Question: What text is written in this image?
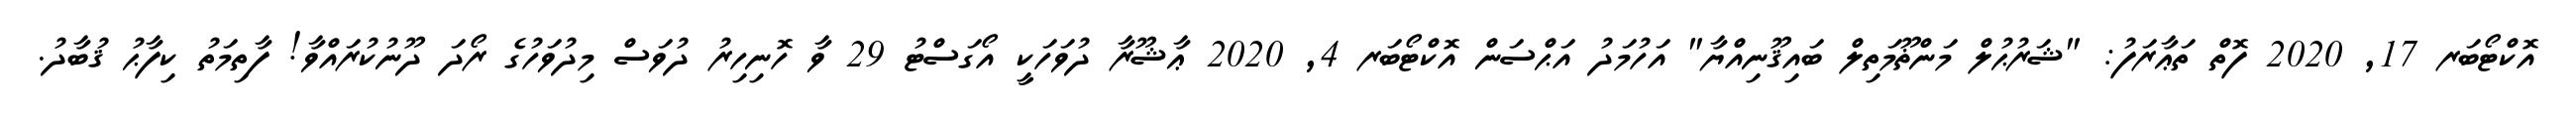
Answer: އޮކްޓޯބަރ 17, 2020 ފޮތް ތަޢާރަފު: "ޝަރުޙުލް މަންޡޫމަތިލް ބައިޤޫނިއްޔާ" އަހުމަދު އަޙްސަން އޮކްޓޯބަރ 4, 2020 ޢާޝޫރާ ދުވަހަކީ އޯގަސްޓު 29 ވާ ހޮނިހިރު ދުވަސް މިދުވަހުގެ ރޯދަ ދޫނުކުރައްވާ! ފާތިމަތު ކިފާޙު ޤުބާދު.